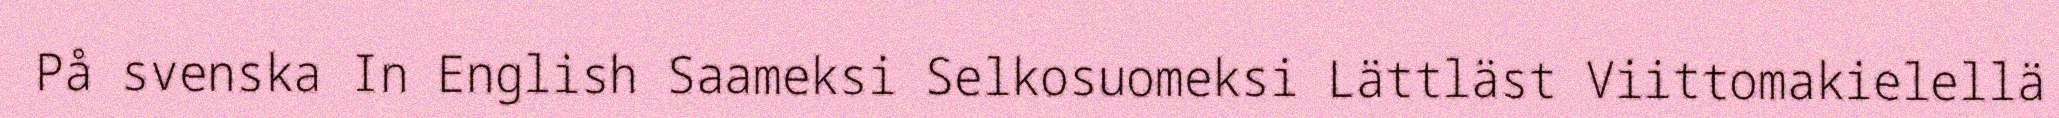
På svenska In English Saameksi Selkosuomeksi Lättläst Viittomakielellä